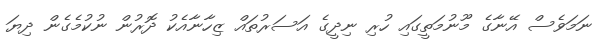
ނަމަވެސް އޭނާގެ މޫނުމަތީގައި ހުރި ނިދީގެ އަސަރުތައް ޒިހާނާއެކު ދޮރުން ނުކުމެގެން ދިޔަ